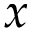
x